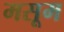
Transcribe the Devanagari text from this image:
मसूम